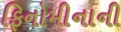
ફિનોમીનાની